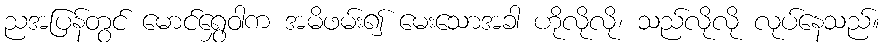
ညအပြန်တွင် မောင်ရွှေဝါက အမိဖမ်း၍ မေးသောအခါ ဟိုလိုလို၊ သည်လိုလို လုပ်နေသည်။